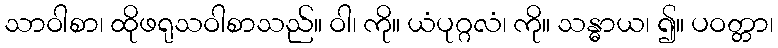
သာဝါစာ၊ ထိုဖရုသဝါစာသည်။ ဝါ၊ ကို။ ယံပုဂ္ဂလံ၊ ကို။ သန္ဓာယ၊ ၍။ ပဝတ္တာ၊